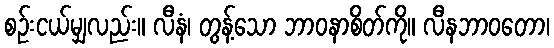
စဉ်းငယ်မျှလည်း။ လီနံ၊ တွန့်သော ဘာဝနာစိတ်ကို။ လီနဘာဝတော၊